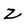
Character: Z